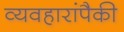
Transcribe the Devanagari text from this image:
व्यवहारांपैकी